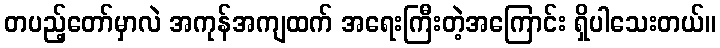
တပည့်တော်မှာလဲ အကုန်အကျထက် အရေးကြီးတဲ့အကြောင်း ရှိပါသေးတယ်။